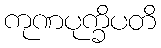
ကုဏပုက္ခိပတိ